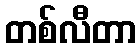
တစ်လီတာ